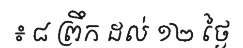
៖ ៨ ព្រឹក ដល់ ១២ ថ្ងៃ